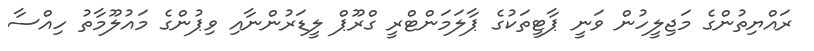
ރައްޔިތުންގެ މަޖިލީހުން ވަނީ ޕާޓީތަކުގެ ޕާލަމަންޓްރީ ގްރޫޕް ލީޑަރުންނާއި ވިޕުންގެ މައުލޫމާތު ހިއްސާ